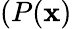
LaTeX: (P(\mathbf{x})